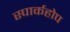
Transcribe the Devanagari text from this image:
स्पार्कहोप